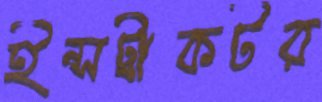
ইন্সট্রাকটর